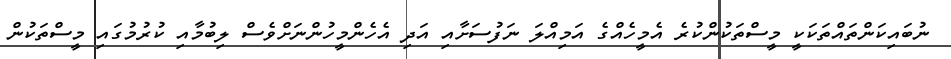
ނުބައިކަންތައްތަކަކީ މީސްތަކުންކުރެ އެމީހެއްގެ އަމިއްލަ ނަފުސަށާއި އަދި އެހެންމީހުންނަށްވެސް ލިބުމާއި ކުރުމުގައި މީސްތަކުން